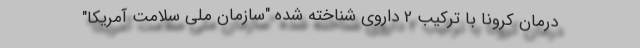
درمان کرونا با ترکیب 2 داروی شناخته شده "سازمان ملی سلامت آمریکا"